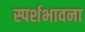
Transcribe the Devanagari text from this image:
स्पर्शभावना